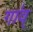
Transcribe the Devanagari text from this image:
गा॑व्